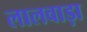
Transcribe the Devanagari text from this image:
लालवाड़ा